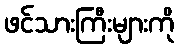
ဖင်သားကြီးများကို